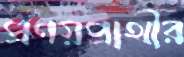
প্রণয়প্রার্থীর